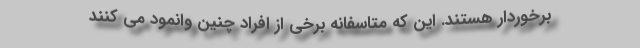
برخوردار هستند. این که متاسفانه برخی از افراد چنین وانمود می کنند